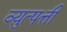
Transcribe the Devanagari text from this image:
व्य़ुत्पत्ती